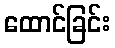
ထောင်ခြင်း